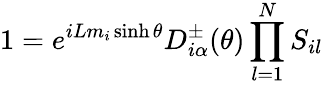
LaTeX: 1=e^{iLm_{i}\sinh\theta}D_{i\alpha}^{\pm}(\theta)\prod_{l=1}^{N}S_{il}